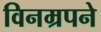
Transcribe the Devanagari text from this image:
विनम्रपने